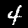
Label: 4